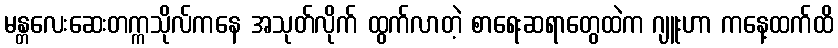
မန္တလေးဆေးတက္ကသိုလ်ကနေ အသုတ်လိုက် ထွက်လာတဲ့ စာရေးဆရာတွေထဲက ဂျူးဟာ ကနေ့ထက်ထိ